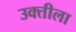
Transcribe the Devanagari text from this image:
उक्तीला